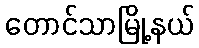
တောင်သာမြို့နယ်